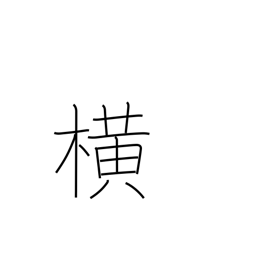
Meaning: side